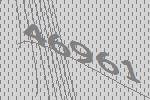
46961